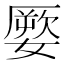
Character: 𡡕